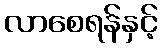
လာစေရန်နှင့်